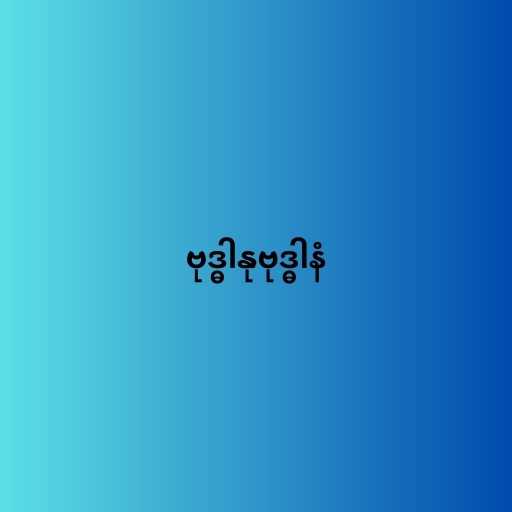
ဗုဒ္ဓါနုဗုဒ္ဓါနံ